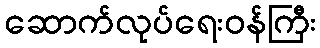
ဆောက်လုပ်ရေးဝန်ကြီး